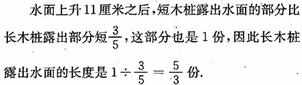
水面上升 11 厘米之后，短木桩露出水面的部分是
长木桩露出部分的$\frac {3}{5}$，这部分也是 1 份，因此长木桩
露出水面的长度是$1\div\frac {3}{5}=\frac {5}{3}$份.